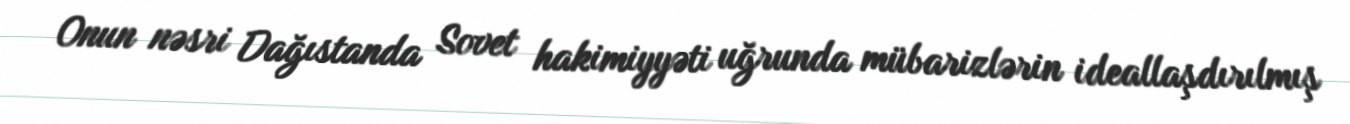
Onun nəsri Dağıstanda Sovet hakimiyyəti uğrunda mübarizlərin ideallaşdırılmış